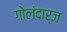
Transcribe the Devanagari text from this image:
गोलंदार्ज